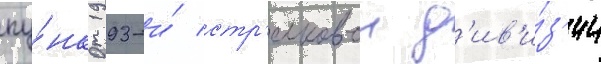
пу́нкт 193-и́ стр'елковои д'ив'и́з'ии